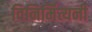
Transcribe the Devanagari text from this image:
विनिर्मित्यनी